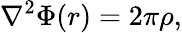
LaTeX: \nabla^{2}\Phi(r)=2\pi\rho,